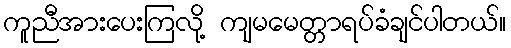
ကူညီအားပေးကြလို့ ကျမမေတ္တာရပ်ခံချင်ပါတယ်။